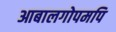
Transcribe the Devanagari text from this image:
आबालगोपमपि